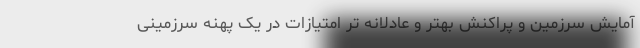
آمایش سرزمین و پراکنش بهتر و عادلانه تر امتیازات در یک پهنه سرزمینی